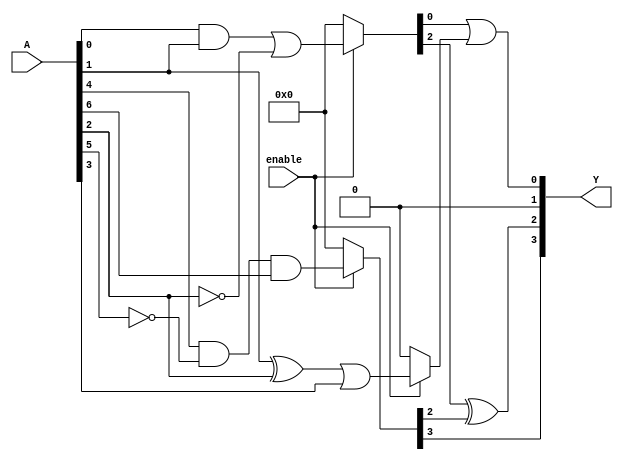
module CombLogicBlock #(parameter N = 8,       // Number of input lines
                         parameter M = 3,       // Number of overlapping groups
                         parameter P = 4)(       // Number of output lines
    input  wire [N-1:0] A,                     // Input vector
    input  wire        enable,                  // Control signal for enabling logic
    output wire [P-1:0] Y                       // Output vector
);

    // Define intermediate signals for each group
    wire [N-1:0] group_out [0:M-1];             // Outputs of each group

    // Group 0: Logic for Group G[0]
    assign group_out[0] = enable ? ((A[0] & A[1]) | (~A[2])) : 0; // Example logic

    // Group 1: Logic for Group G[1]
    assign group_out[1] = enable ? (A[1] ^ A[2] | A[3]) : 0;      // Example logic

    // Group 2: Logic for Group G[2]
    assign group_out[2] = enable ? (A[4] & ~A[5] & A[6]) : 0;    // Example logic

    // Additional groups can be added as needed
    // Group outputs can be combined to derive final outputs
    assign Y[0] = group_out[0][0] | group_out[1][0]; // Example of combining outputs
    assign Y[1] = group_out[1][1] & group_out[2][1]; // Example of combining outputs
    assign Y[2] = group_out[0][2] ^ group_out[2][2]; // Example of combining outputs
    
    // Assuming the last output could be a combination of all groups
    assign Y[3] = (group_out[0][3] & group_out[1][3]) | group_out[2][3];

endmodule